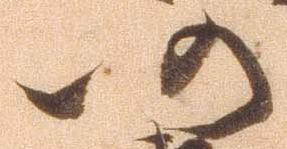
仍